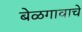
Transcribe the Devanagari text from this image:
बेळगावाचे